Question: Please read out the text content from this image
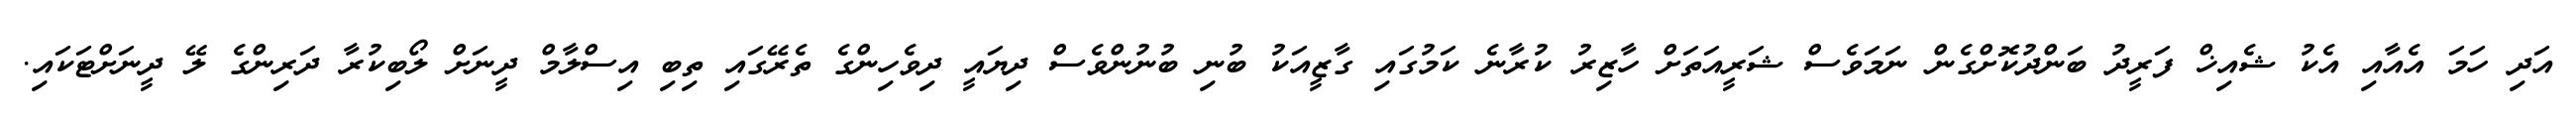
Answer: އަދި ހަމަ އެއާއި އެކު ޝެއިޚް ފަރީދު ބަންދުކޮށްގެން ނަމަވެސް ޝަރީއަތަށް ހާޒިރު ކުރާނެ ކަމުގައި ގާޒީއަކު ބުނި ބުނުންވެސް ދިޔައީ ދިވެހިންގެ ތެރޭގައި ތިބި އިސްލާމް ދީނަށް ލޯބިކުރާ ދަރިންގެ ލޭ ދީނަށްޓަކައި.